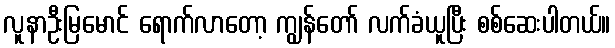
လူနာဦးမြမောင် ရောက်လာတော့ ကျွန်တော် လက်ခံယူပြီး စစ်ဆေးပါတယ်။